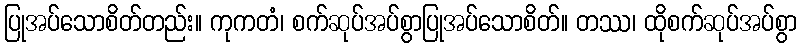
ပြုအပ်သောစိတ်တည်း။ ကုကတံ၊ စက်ဆုပ်အပ်စွာပြုအပ်သောစိတ်။ တဿ၊ ထိုစက်ဆုပ်အပ်စွာ